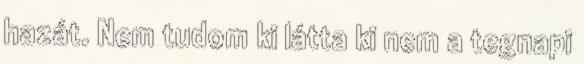
hazát. Nem tudom ki látta ki nem a tegnapi